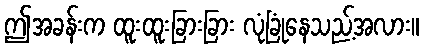
ဤအခန်းက ထူးထူးခြားခြား လုံခြုံနေသည့်အလား။